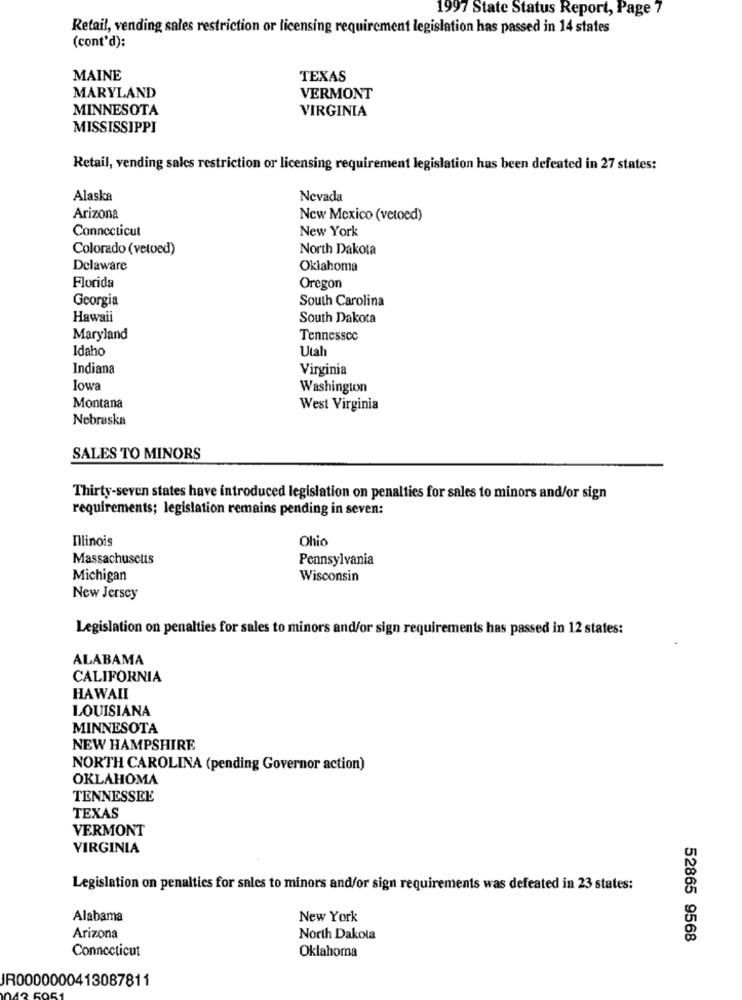
1997 State Status Report, Page 7
Retail, vending sales restriction or licensing requirement legislation has passed in 14 states
(cont'd):
MAINE
TEXAS
MARYLAND
VERMONT
MINNESOTA
VIRGINIA
MISSISSIPPI
Retail, vending sales restriction or licensing requirement legislation has been defeated in 27 states:
Alaska
Nevada
Arizona
New Mexico (vetoed)
Connecticut
New York
Colorado (vetoed)
North Dakota
Delaware
Oklahoma
Florida
Oregon
Georgia
South Carolina
Hawaii
South Dakota
Maryland
Tennessee
Idaho
Utal
Indiana
Virginia
Iowa
Washington
Montana
West Virginia
Nebraska
SALES TO MINORS
Thirty-seven states have introduced legislation on penalties for sales to minors and/or sign
requirements; legislation remains pending in seven:
Illinois
Ohio
Massachusetts
Pennsylvania
Michigan
Wisconsin
New Jersey
Legislation on penalties for sales to minors and/or sign requirements has passed in 12 states:
ALABAMA
CALIFORNIA
HAWAII
LOUISIANA
MINNESOTA
NEW HAMPSHIRE
NORTH CAROLINA (pending Governor action)
OKLAHOMA
TENNESSEE
TEXAS
VERMONT
VIRGINIA
Legislation on penalties for sales to minors and/or sign requirements was defeated in 23 states:
Alabama
New York
Arizona
North Dakota
52865 9568
Connecticut
Oklahoma
JR0000000413087811